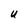
Character: U